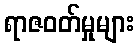
ရာဇဝတ်မှုများ